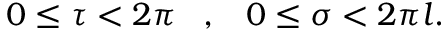
0 \leq \tau < 2 \pi \; \; \; , \; \; \; 0 \leq \sigma < 2 \pi l .